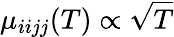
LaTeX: \mu_{iijj}(T)\propto\sqrt{T}